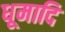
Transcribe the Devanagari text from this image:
धूमादि